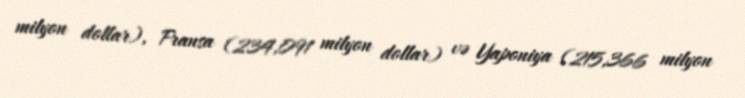
milyon dollar), Fransa (234,091 milyon dollar) və Yaponiya (215,366 milyon